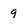
Character: 9